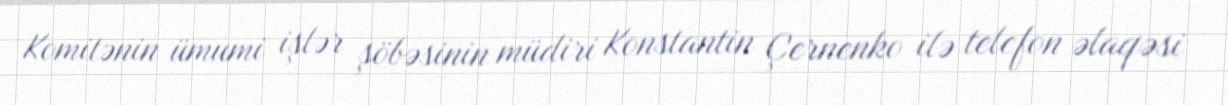
Komitənin ümumi işlər şöbəsinin müdiri Konstantin Çernenko ilə telefon əlaqəsi